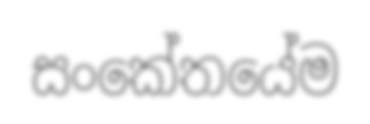
සංකේතයේම